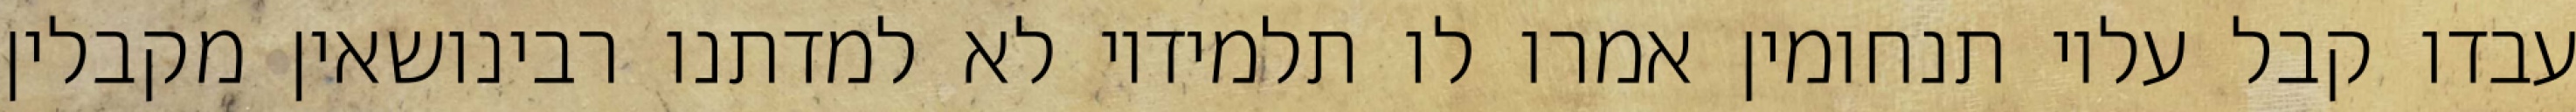
עבדו קבל עליו תנחומין אמרו לו תלמידיו לא למדתנו רבינושאין מקבלין